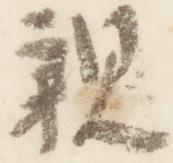
親